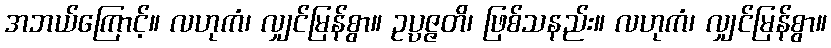
အဘယ်ကြောင့်။ လဟုကံ၊ လျှင်မြန်စွာ။ ဥပ္ပဇ္ဇတိ၊ ဖြစ်သနည်း။ လဟုကံ၊ လျှင်မြန်စွာ။